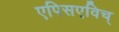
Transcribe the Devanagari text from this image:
एपिसएविच्